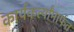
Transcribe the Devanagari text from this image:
कार्यंकर्त्यांमार्फत